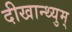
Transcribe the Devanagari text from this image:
दीखान्थ्युम्